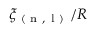
\xi _ { \mathrm { ~ ( ~ n ~ , ~ l ~ ) ~ } } / R